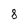
Character: 8